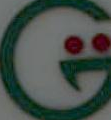
G